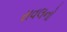
રાવલનો